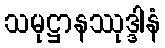
သမုဋ္ဌာနဿုဒ္ဒါနံ